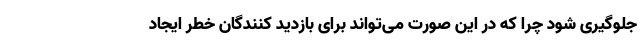
جلوگیری شود چرا که در این صورت می‌تواند برای بازدید کنندگان خطر ایجاد